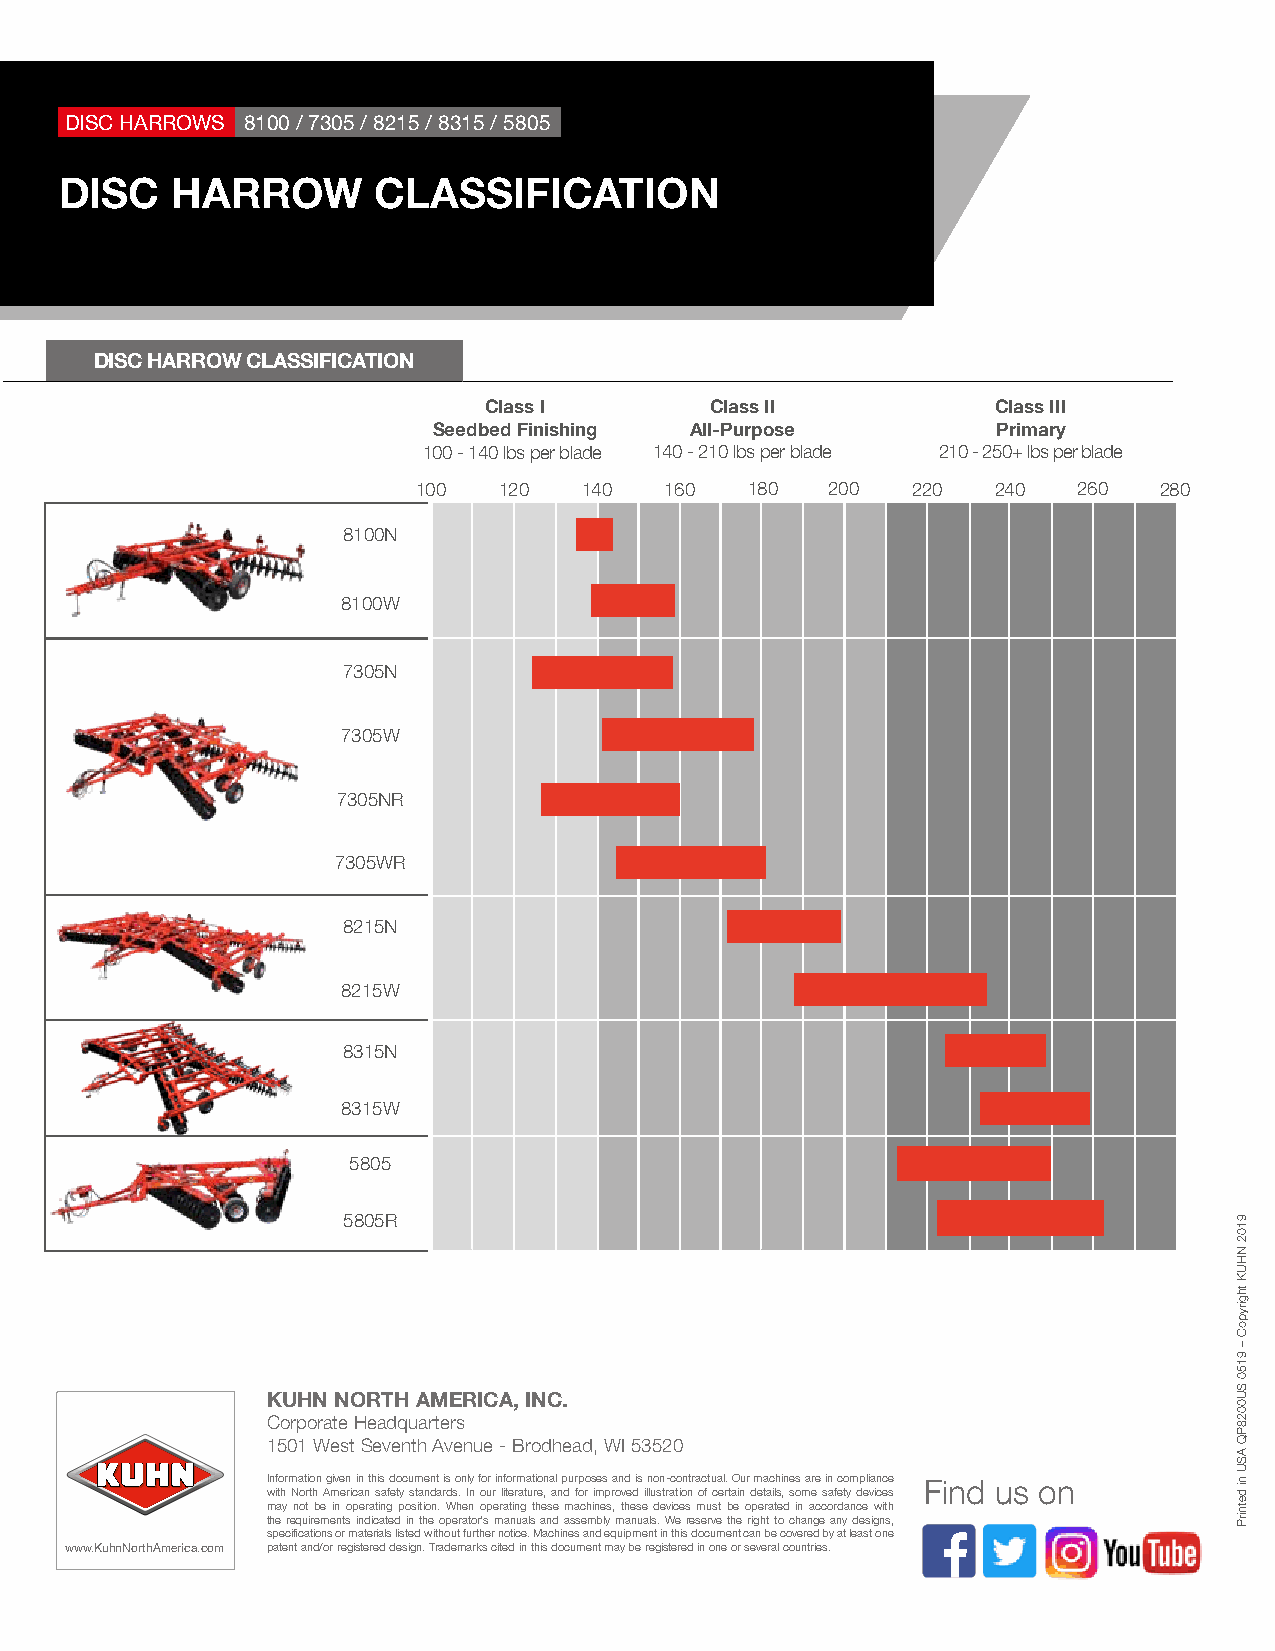
DISC HARROWS 8100 / 7305 / 8215 / 8315 / 5805
 DISC   HARROW        CLASSIFICATION
 DISC HARROW CLASSIFICATION
 Class I        Class II           Class III
 Seedbed Finishing All-Purpose        Primary
 100 - 140 lbs per blade 140 - 210 lbs per blade 210 - 250+ lbs per blade
 100  120   140  160   180  200  220   240  260   280
 8100N
 8100W
 7305N
 7305W
 7305NR
 7305WR
 8215N
 8215W
 8315N
 8315W
 5805
 5805R
 KUHN NORTH AMERICA, INC.
 Corporate Headquarters
 1501 West Seventh Avenue - Brodhead, WI 53520
 Information given in this document is only for informational purposes and is non-contractual. Our machines are in compliance Find us on
 with North American safety standards. In our literature, and for improved illustration of certain details, some safety devices
 may not be in operating position. When operating these machines, these devices must be operated in accordance with
 the requirements indicated in the operator’s manuals and assembly manuals. We reserve the right to change any designs,
 www.kuhn.com specifications or materials listed without further notice. Machines and equipment in this document can be covered by at least one
 www.KuhnNorthAmerica.com patent and/or registered design. Trademarks cited in this document may be registered in one or several countries.
 9102
 NHUK
 thgirypoC
 –
 9150
 SU0028PQ
 ASU
 ni
 detnirP